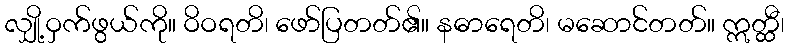
လျှို့ဝှက်ဖွယ်ကို။ ဝိဝရတိ၊ ဖော်ပြတတ်၏။ နဓာရေတိ၊ မဆောင်တတ်။ ဣတ္ထီ၊